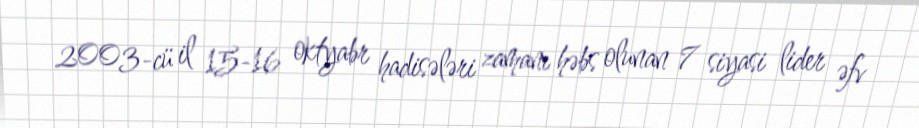
2003-cü il 15-16 oktyabr hadisələri zamanı həbs olunan 7 siyasi lider əfv